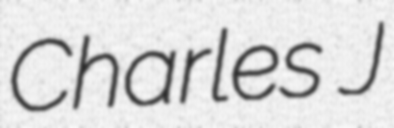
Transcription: Charles J